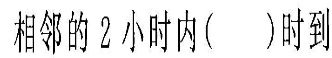
相邻的2小时内()时到